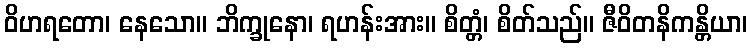
ဝိဟရတော၊ နေသော။ ဘိက္ခုနော၊ ရဟန်းအား။ စိတ္တံ၊ စိတ်သည်။ ဇီဝိတနိကန္တိယာ၊